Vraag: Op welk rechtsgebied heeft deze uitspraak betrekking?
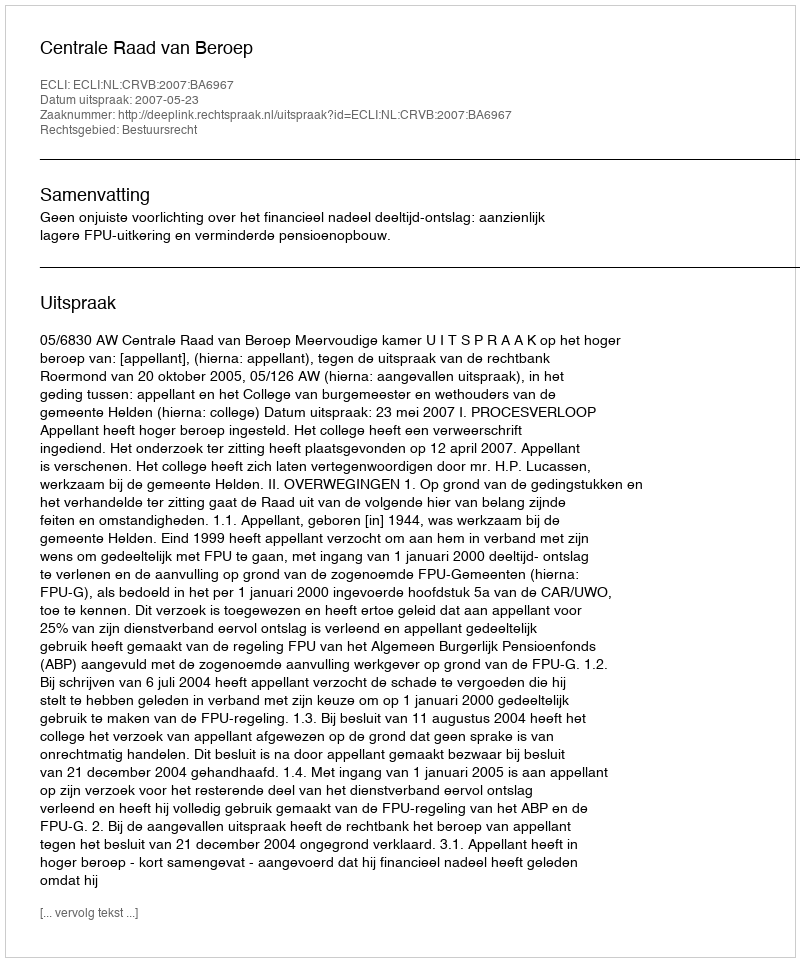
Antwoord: Bestuursrecht